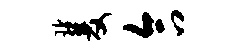
双合